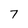
Character: 7